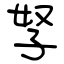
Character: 孥